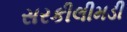
સરકીલીમડી